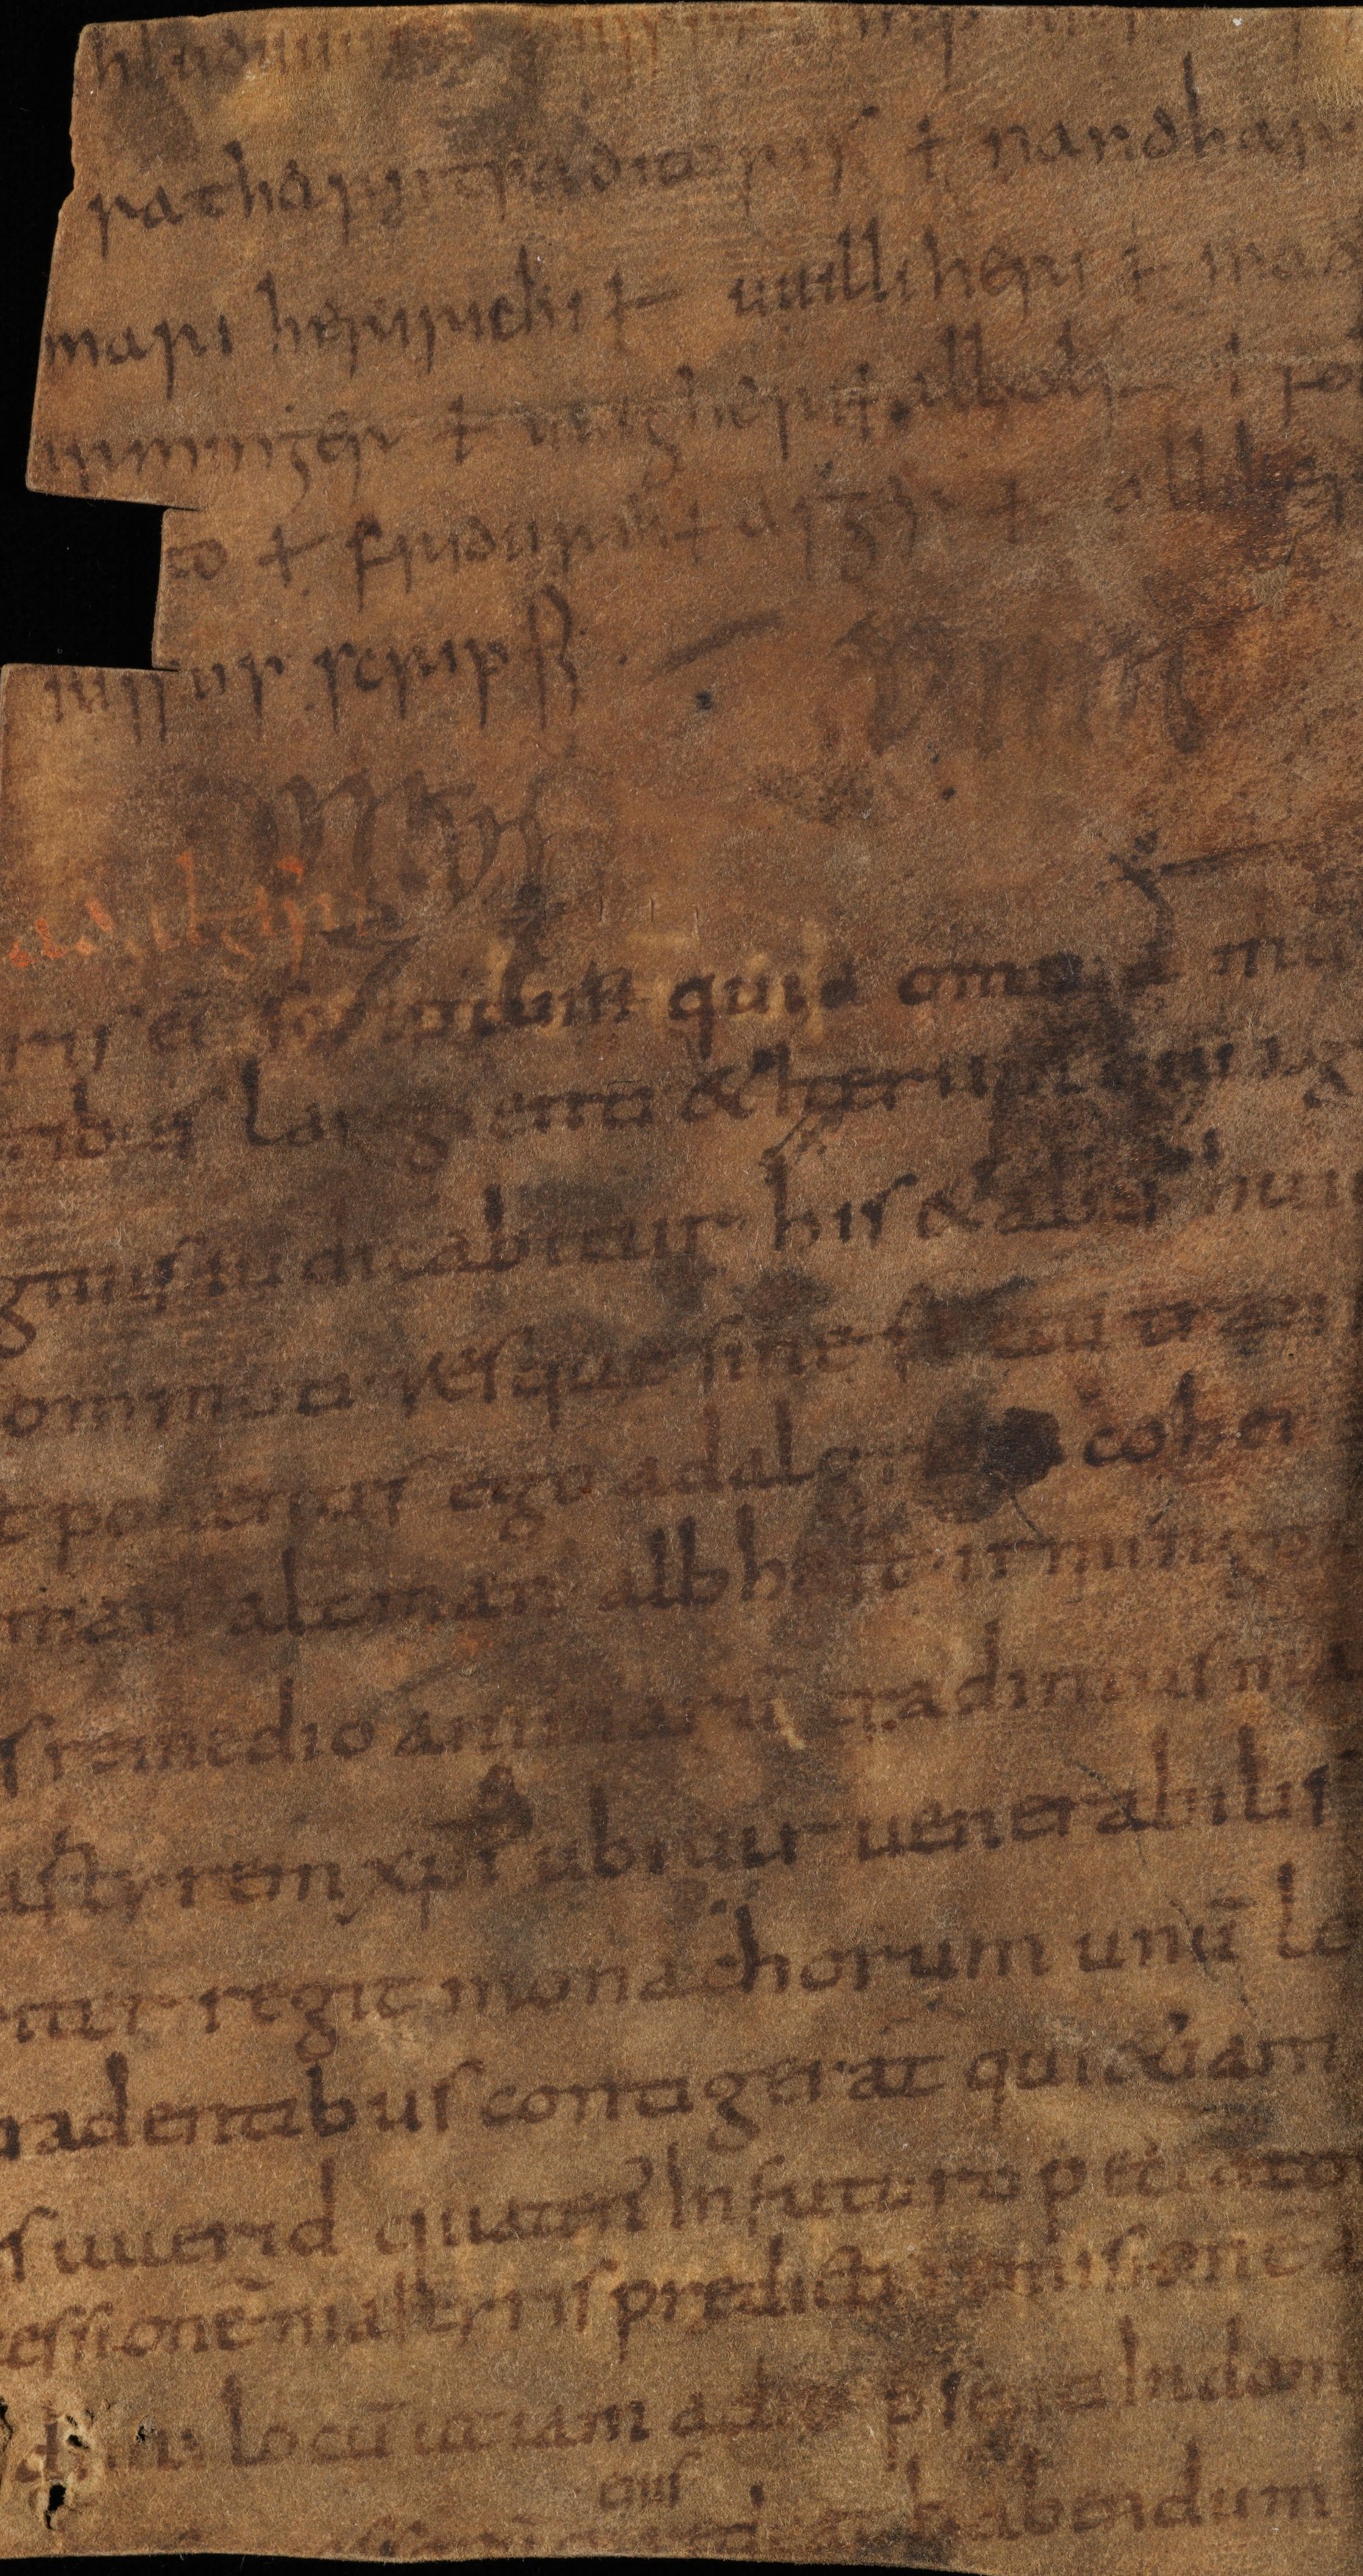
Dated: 825–855